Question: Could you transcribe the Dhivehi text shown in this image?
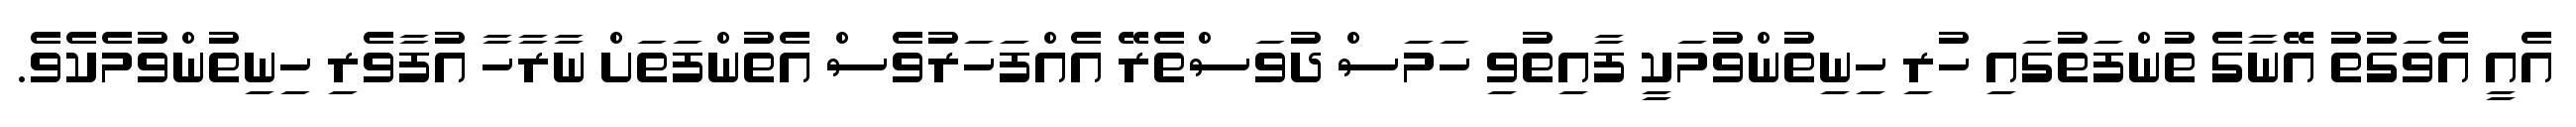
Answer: އެއީ އެވަގުތު އޭނާގެ ތުންފަތުގައި ހުރި ހިނިތުންވުމަކީ ފާއިތުވި ހަމަސް ދުވަސްތެރޭ އެއްފަހަރުވެސް އެތުންފަތަށް ނާރާހާ އުފާވެރި ހިނިތުންވުމެކެވެ.